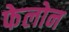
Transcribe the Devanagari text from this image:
फेलोन